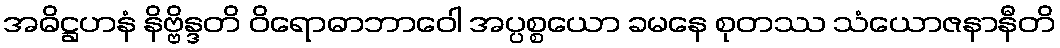
အဓိဋ္ဌဟနံ နိဗ္ဗိန္ဒတိ ဝိရောဓာဘာဝေါ အပ္ပစ္စယော ခမနေ စုတဿ သံယောဇနာနီတိ